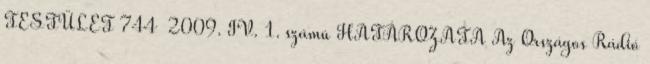
TESTÜLET 744 2009. IV. 1. számú HATÁROZATA Az Országos Rádió